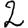
Digit: 2